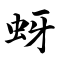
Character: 蚜